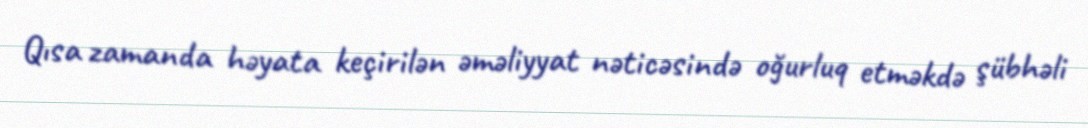
Qısa zamanda həyata keçirilən əməliyyat nəticəsində oğurluq etməkdə şübhəli